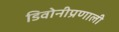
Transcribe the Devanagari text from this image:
डिवोनीप्रणाली